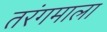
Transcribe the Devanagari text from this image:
तरंगमाला